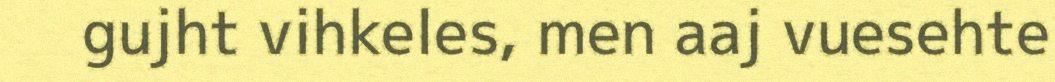
gujht vihkeles, men aaj vuesehte